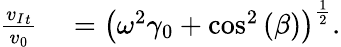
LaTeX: \begin{array}{rl}{\frac{{v_{I}}_{t}}{v_{0}}}&{{}=\left(\omega^{2}\gamma_{0}+\cos^{2}{(\beta)}\right)^{\frac{1}{2}}.}\end{array}